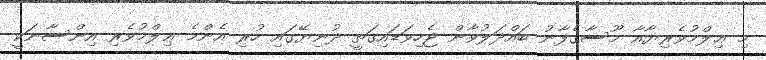
މި ޢިލްމުވެރިޔާއާ މޫސާގެފާނު ބައްދަލުވާން ޖެހިވަޑައިގަތީ ދުނިޔޭގައި ހުރި އެންމެ ޢިލްމުވެރި އިންސާނަކީ